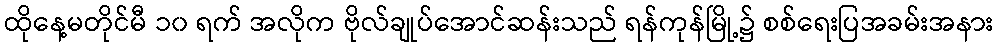
ထိုနေ့မတိုင်မီ ၁၀ ရက် အလိုက ဗိုလ်ချုပ်အောင်ဆန်းသည် ရန်ကုန်မြို့၌ စစ်ရေးပြအခမ်းအနား